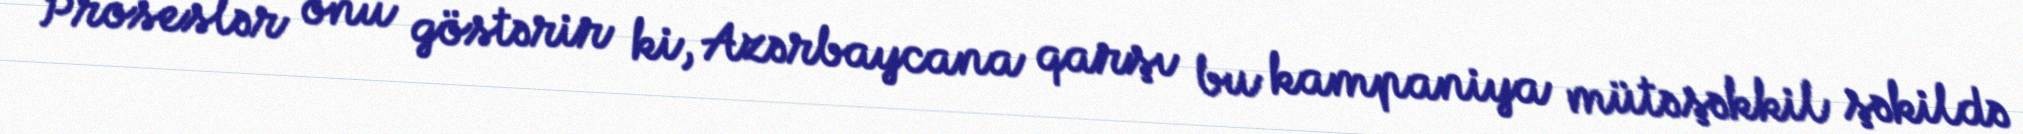
Proseslər onu göstərir ki, Azərbaycana qarşı bu kampaniya mütəşəkkil şəkildə